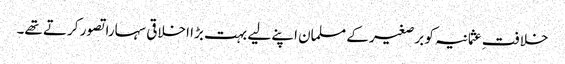
خلافتِ عثمانیہ کو برصغیر کے مسلمان اپنے لیے بہت بڑا اخلاقی سہارا تصور کرتے تھے۔